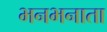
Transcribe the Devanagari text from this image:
भनभनाता